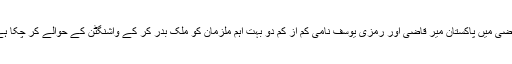
ماضی میں پاکستان میر قاضی اور رمزی یوسف نامی کم از کم دو بہت اہم ملزمان کو ملک بدر کر کے واشنگٹن کے حوالے کر چکا ہے۔